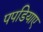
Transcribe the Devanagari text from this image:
पपडियाए